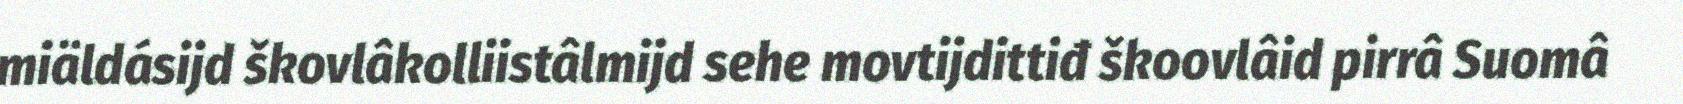
miäldásijd škovlâkolliistâlmijd sehe movtijdittiđ škoovlâid pirrâ Suomâ